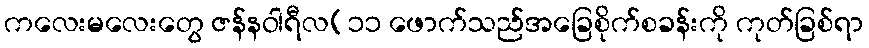
ကလေးမလေးတွေ ဇန်နဝါရီလ(၁၁ ဖောက်သည်အခြေစိုက်စခန်းကို ကုတ်ခြစ်ရာ